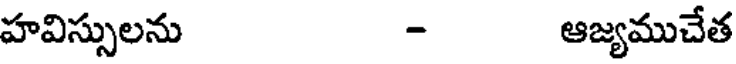
హవిస్సులను - ఆజ్యముచేత